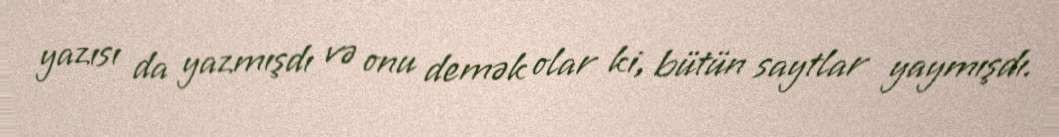
yazısı da yazmışdı və onu demək olar ki, bütün saytlar yaymışdı.